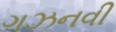
ગઝનવી